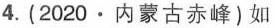
4.(2020·内蒙古赤峰)如